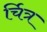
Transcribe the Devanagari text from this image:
र्चित्र